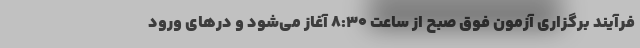
فرآیند برگزاری آزمون فوق صبح از ساعت ۸:۳۰ آغاز می‌شود و درهای ورود